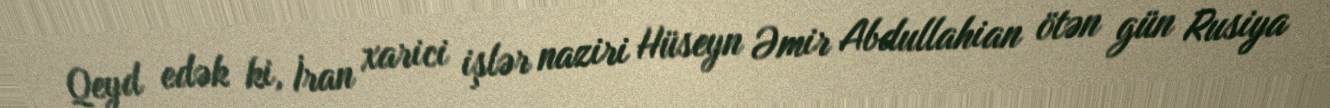
Qeyd edək ki, İran xarici işlər naziri Hüseyn Əmir Abdullahian ötən gün Rusiya